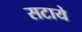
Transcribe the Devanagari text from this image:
सटाये